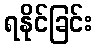
ရနိုင်ခြင်း